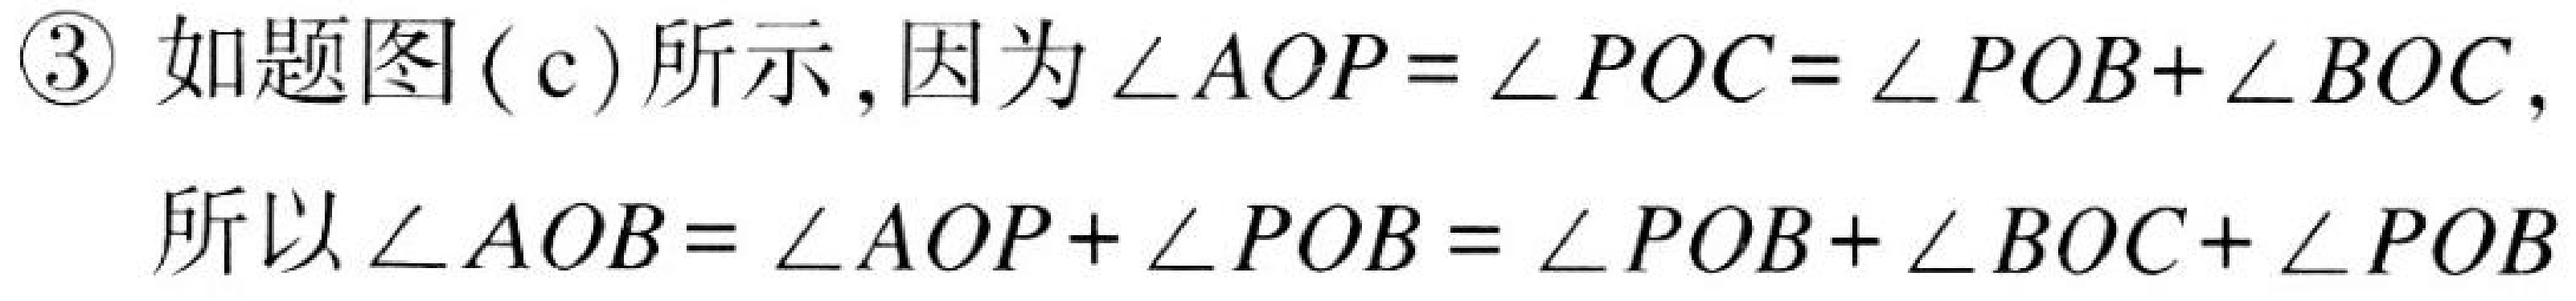
\textcircled{3} 如题图 (c) 所示, 因为 \(\angle AOP = \angle POC=\angle POB + \angle BOC\),

所以 \(\angle AOB=\angle AOP+\angle POB=\angle POB + \angle BOC+\angle POB\)